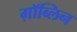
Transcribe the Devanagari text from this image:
ग़ॉब्लिन